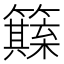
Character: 𥶺